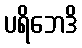
ပရိဘေဒိ